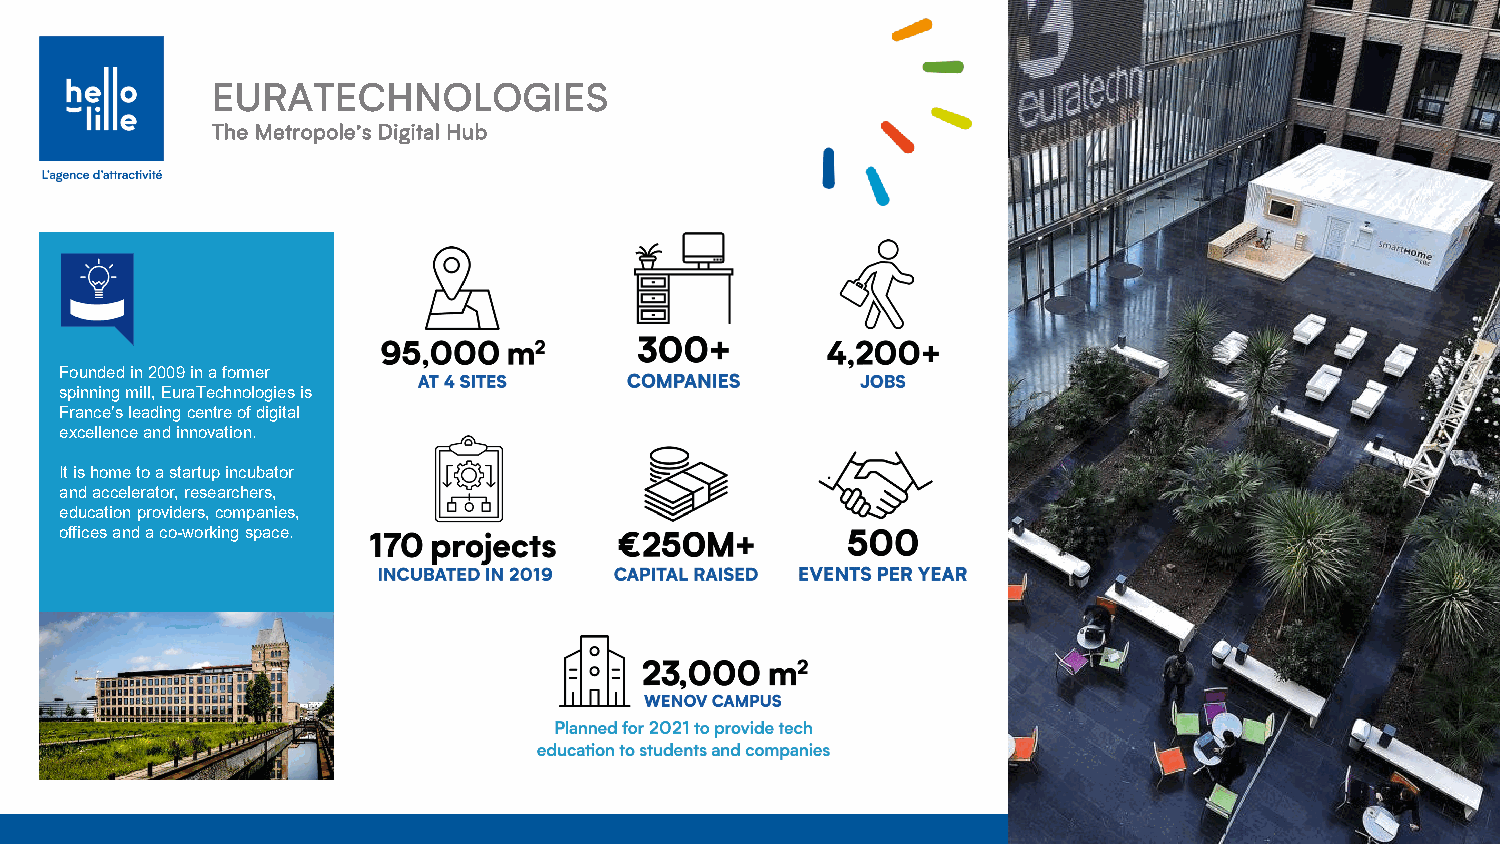
EURATECHNOLOGIES
 The Metropole’s Digital Hub
 Founded in 2009 in a former
 spinning mill, EuraTechnologiesis
 France’s leading centre of digital
 excellence and innovation.
 It is home to a startupincubator
 and accelerator, researchers,
 education providers, companies,
 offices and a co-working space.
 S
 CC
 f
 f
 S